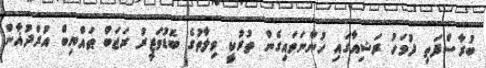
ބުރާސްފަތި ދުވަހު ރަޝިއާގައި ހުންނަވައިގެން ތުރުކީ ވިލާތުގެ ބޮޑުވަޒީރު ރަޖަބް ޠައްޔިބް އުރްދުޣާން